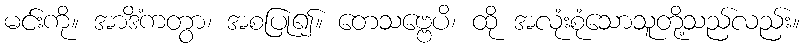
မင်းကို။ အာဒိံကတွာ၊ အစပြု၍။ တေသဗ္ဗေပိ၊ ထို အလုံးစုံသောသူတို့သည်လည်း။